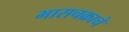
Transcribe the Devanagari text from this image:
भासचक्राचे